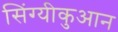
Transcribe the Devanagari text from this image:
सिंग्यीकुआन